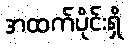
အထက်ပိုင်းရှိ